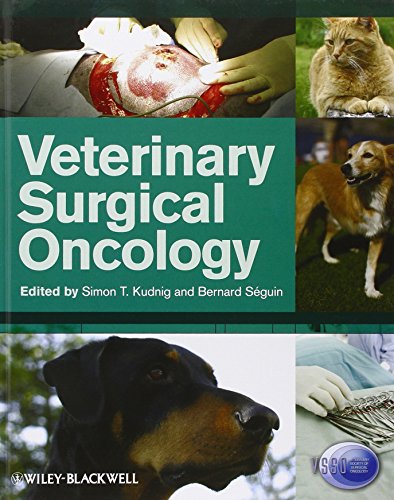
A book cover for Veterinary Surgical Oncology; Medical Books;